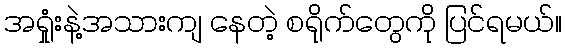
အရှုံးနဲ့အသားကျ နေတဲ့ စရိုက်တွေကို ပြင်ရမယ်။